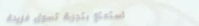
استمتع بتجربة تسوق فريدة